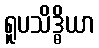
ရူပသိဒ္ဓိယာ